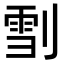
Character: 𠞯